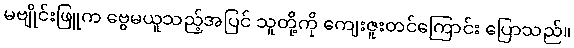
မဗျိုင်းဖြူက ဗွေမယူသည့်အပြင် သူတို့ကို ကျေးဇူးတင်ကြောင်း ပြောသည်။